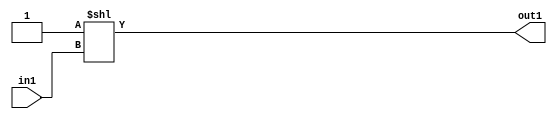
`timescale 1ps / 1ps
/*****************************************************************************
    Verilog RTL Description
    
    
    Created by: Stratus DpOpt 2019.1.01 
*******************************************************************************/

module DC_Filter_DECODE_32U_8_4 (
	in1,
	out1
	); /* architecture "behavioural" */ 
input [4:0] in1;
output [31:0] out1;
wire [31:0] asc001;

assign asc001 = 32'B00000000000000000000000000000001 << in1;

assign out1 = asc001;
endmodule

/* CADENCE  ubH1SAg= : u9/ySgnWtBlWxVPRXgAZ4Og= ** DO NOT EDIT THIS LINE ******/